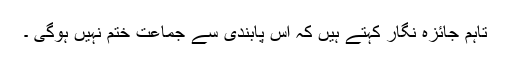
تاہم جائزہ نگار کہتے ہیں کہ اس پابندی سے جماعت ختم نہیں ہوگی ۔